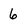
Character: 6